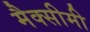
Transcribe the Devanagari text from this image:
मैक्सीमी